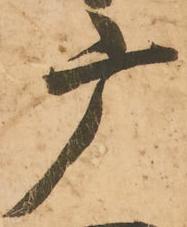
广